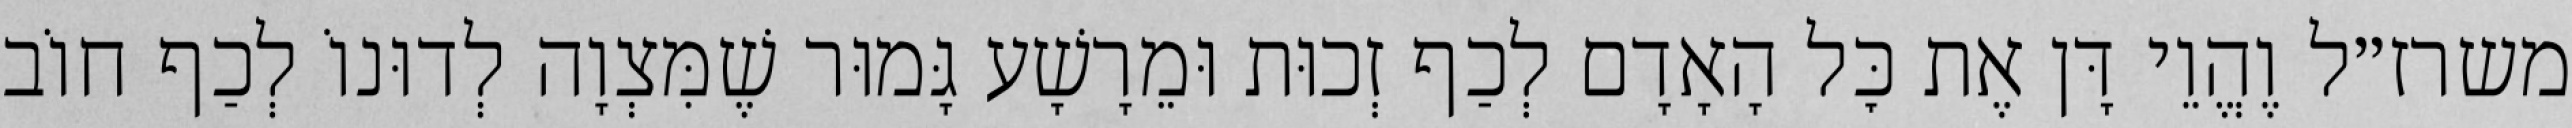
משרז״ל וֶהֱוֵי דָּן אֶת כׇּל הָאָדָם לְכַף זְכוּת וּמֵרָשָׁע גָּמוּר שֶׁמִּצְוָה לְדוּנוֹ לְכַף חוֹב